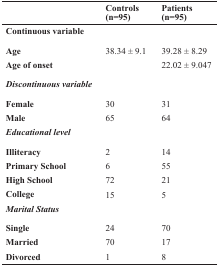
<table><thead><tr><td></td><td><b>Controls (n=95)</b></td><td><b>Patients (n=95)</b></td></tr></thead><tbody><tr><td><b>Continuous variable</b></td><td></td><td></td></tr><tr><td><b>Age</b></td><td>38.34 ± 9.1</td><td>39.28 ± 8.29</td></tr><tr><td><b>Age of onset</b></td><td></td><td>22.02 ± 9.047</td></tr><tr><td><b>Discontinuous variable</b></td><td></td><td></td></tr><tr><td><b>Female</b></td><td>30</td><td>31</td></tr><tr><td><b>Male</b></td><td>65</td><td>64</td></tr><tr><td><b>Educational level</b></td><td></td><td></td></tr><tr><td><b>Illiteracy</b></td><td>2</td><td>14</td></tr><tr><td><b>Primary School</b></td><td>6</td><td>55</td></tr><tr><td><b>High School</b></td><td>72</td><td>21</td></tr><tr><td><b>College</b></td><td>15</td><td>5</td></tr><tr><td><b>Marital Status</b></td><td></td><td></td></tr><tr><td><b>Single</b></td><td>24</td><td>70</td></tr><tr><td><b>Married</b></td><td>70</td><td>17</td></tr><tr><td><b>Divorced</b></td><td>1</td><td>8</td></tr></tbody></table>